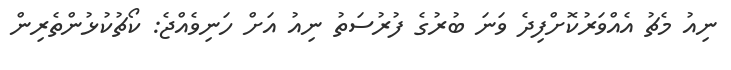
ނިއު މެޗު އެއްވަރުކޮށްފިދެ ވަނަ ބުރުގެ ފުރުސަތު ނިއު އަށް ހަނިވެއްޖެ: ކޯޗުކުޅުންތެރިން